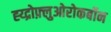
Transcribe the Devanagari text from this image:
ह्य्द्रोफ़्लुओरोकर्बोन